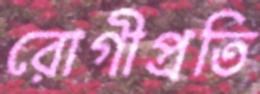
রোগীপ্রতি